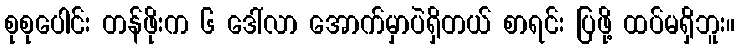
စုစုပေါင်း တန်ဖိုးက ၆ ဒေါ်လာ အောက်မှာပဲရှိတယ် စာရင်း ပြဖို့ ထပ်မရှိဘူး။